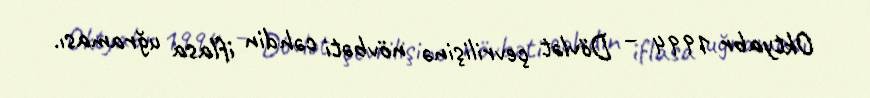
Oktyabr 1994 – Dövlət çevrilişinə növbəti cəhdin iflasa uğraması.